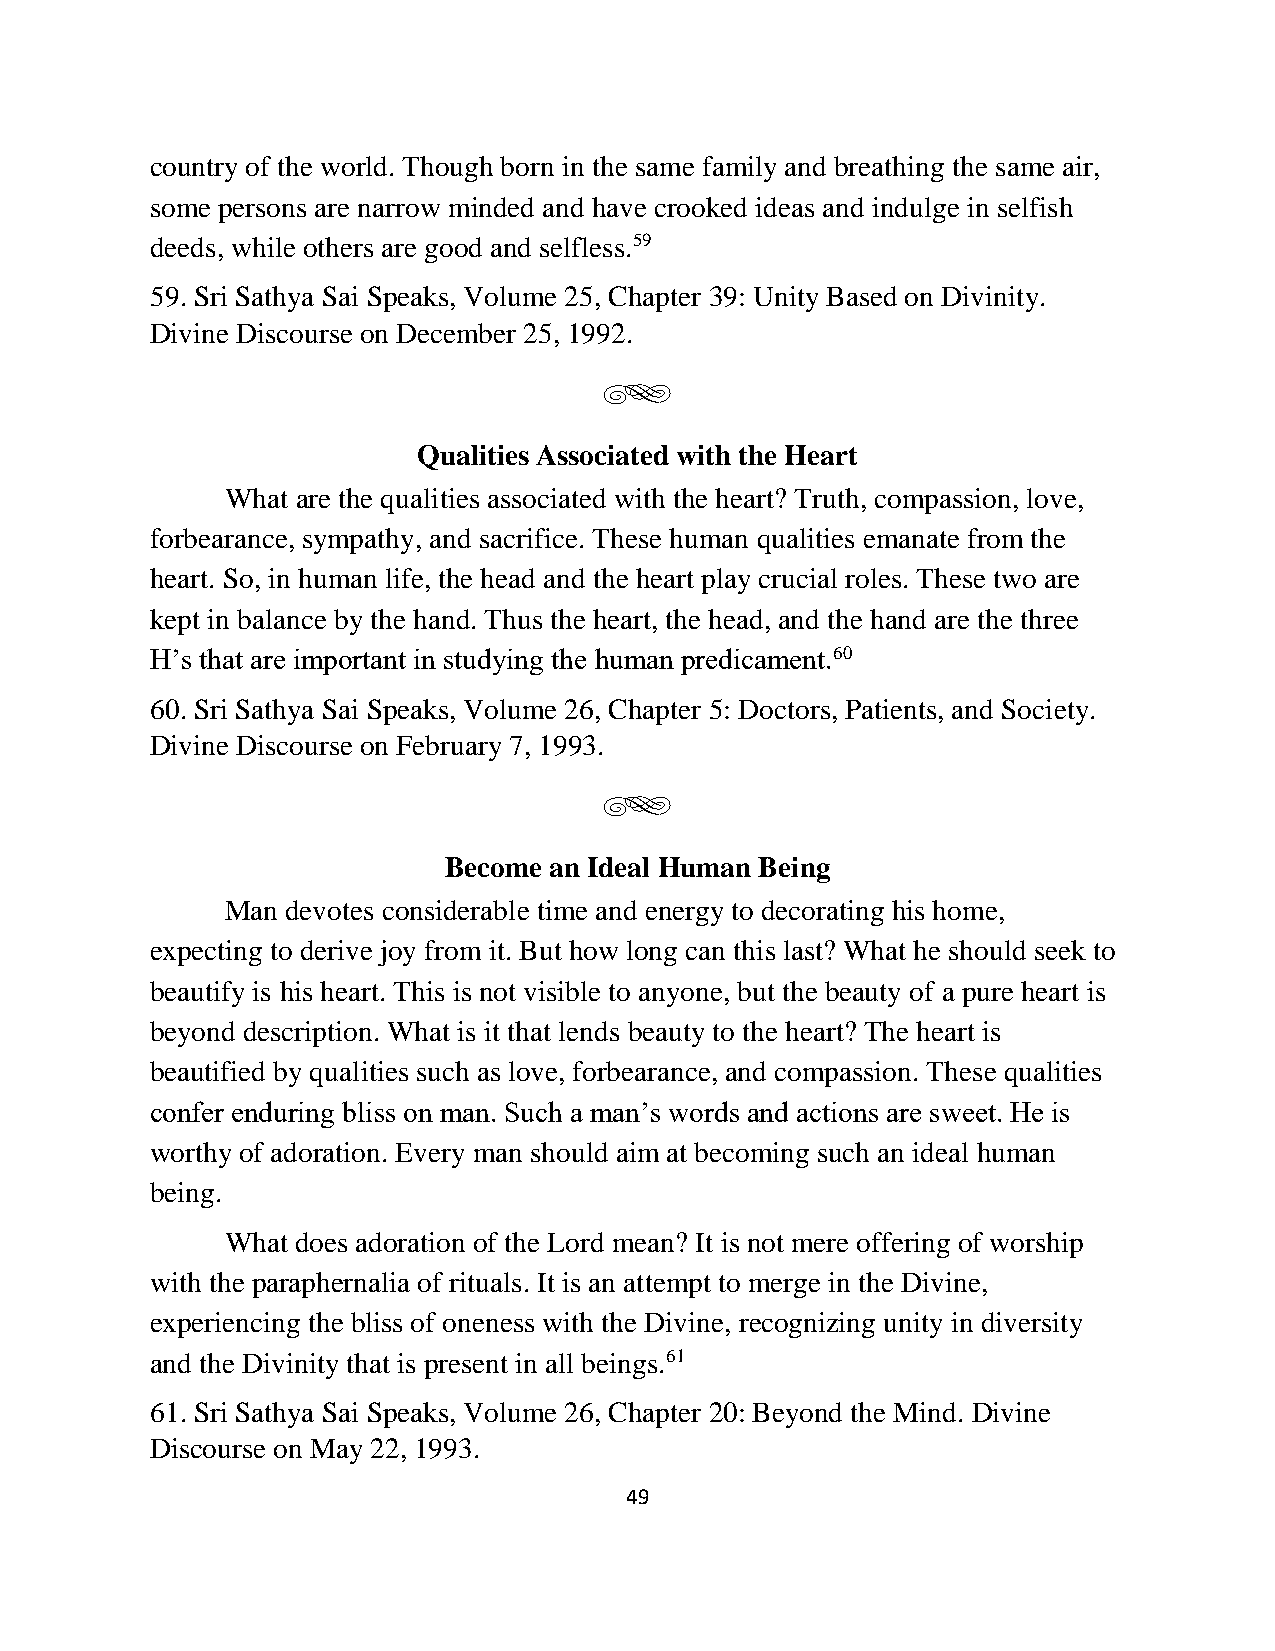
country of the world. Though born in the same family and breathing the same air,
 some persons are narrow minded and have crooked ideas and indulge in selfish
 deeds, while others are good and selfless.59
 59. Sri Sathya Sai Speaks, Volume 25, Chapter 39: Unity Based on Divinity.
 Divine Discourse on December 25, 1992.
 g
 Qualities Associated with the Heart
 What are the qualities associated with the heart? Truth, compassion, love,
 forbearance, sympathy, and sacrifice. These human qualities emanate from the
 heart. So, in human life, the head and the heart play crucial roles. These two are
 kept in balance by the hand. Thus the heart, the head, and the hand are the three
 H’s that are important in studying the human predicament.60
 60. Sri Sathya Sai Speaks, Volume 26, Chapter 5: Doctors, Patients, and Society.
 Divine Discourse on February 7, 1993.
 g
 Become an Ideal Human Being
 Man devotes considerable time and energy to decorating his home,
 expecting to derive joy from it. But how long can this last? What he should seek to
 beautify is his heart. This is not visible to anyone, but the beauty of a pure heart is
 beyond description. What is it that lends beauty to the heart? The heart is
 beautified by qualities such as love, forbearance, and compassion. These qualities
 confer enduring bliss on man. Such a man’s words and actions are sweet. He is
 worthy of adoration. Every man should aim at becoming such an ideal human
 being.
 What does adoration of the Lord mean? It is not mere offering of worship
 with the paraphernalia of rituals. It is an attempt to merge in the Divine,
 experiencing the bliss of oneness with the Divine, recognizing unity in diversity
 and the Divinity that is present in all beings.61
 61. Sri Sathya Sai Speaks, Volume 26, Chapter 20: Beyond the Mind. Divine
 Discourse on May 22, 1993.
 49